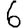
Digit: 6